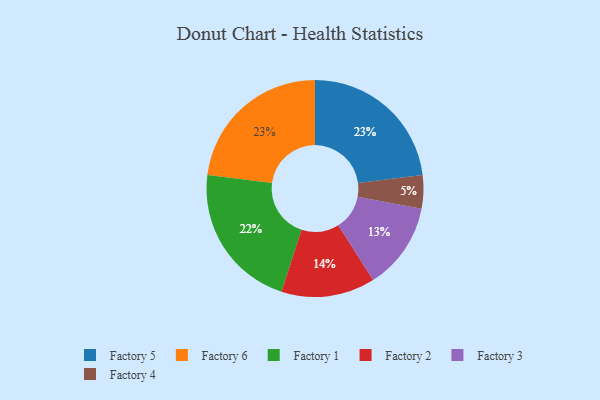
{"axis": {"x": "Category", "y": "Percentage"}, "legend": ["Factory 1", "Factory 2", "Factory 3", "Factory 4", "Factory 5", "Factory 6"], "data": [{"x": "Factory 3", "y": 13, "type": "Factory 3"}, {"x": "Factory 5", "y": 23, "type": "Factory 5"}, {"x": "Factory 4", "y": 5, "type": "Factory 4"}, {"x": "Factory 1", "y": 22, "type": "Factory 1"}, {"x": "Factory 2", "y": 14, "type": "Factory 2"}, {"x": "Factory 6", "y": 23, "type": "Factory 6"}]}